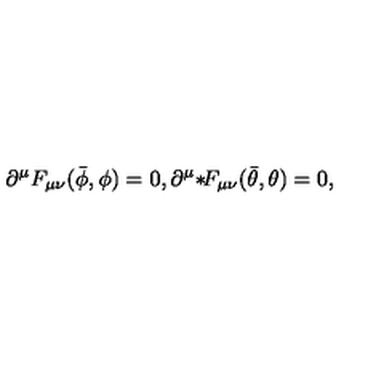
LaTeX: \partial ^ { \mu } F _ { \mu \nu } ( \bar { \phi } , \phi ) = 0 , \partial ^ { \mu } { * } \! F _ { \mu \nu } ( \bar { \theta } , \theta ) = 0 ,